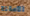
الأمانة